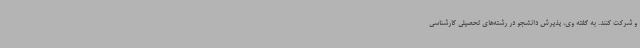
و شرکت کنند. به گفته وی، پذیرش دانشجو در رشته‌های تحصیلی کارشناسی